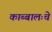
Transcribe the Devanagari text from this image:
काब्बालःचे